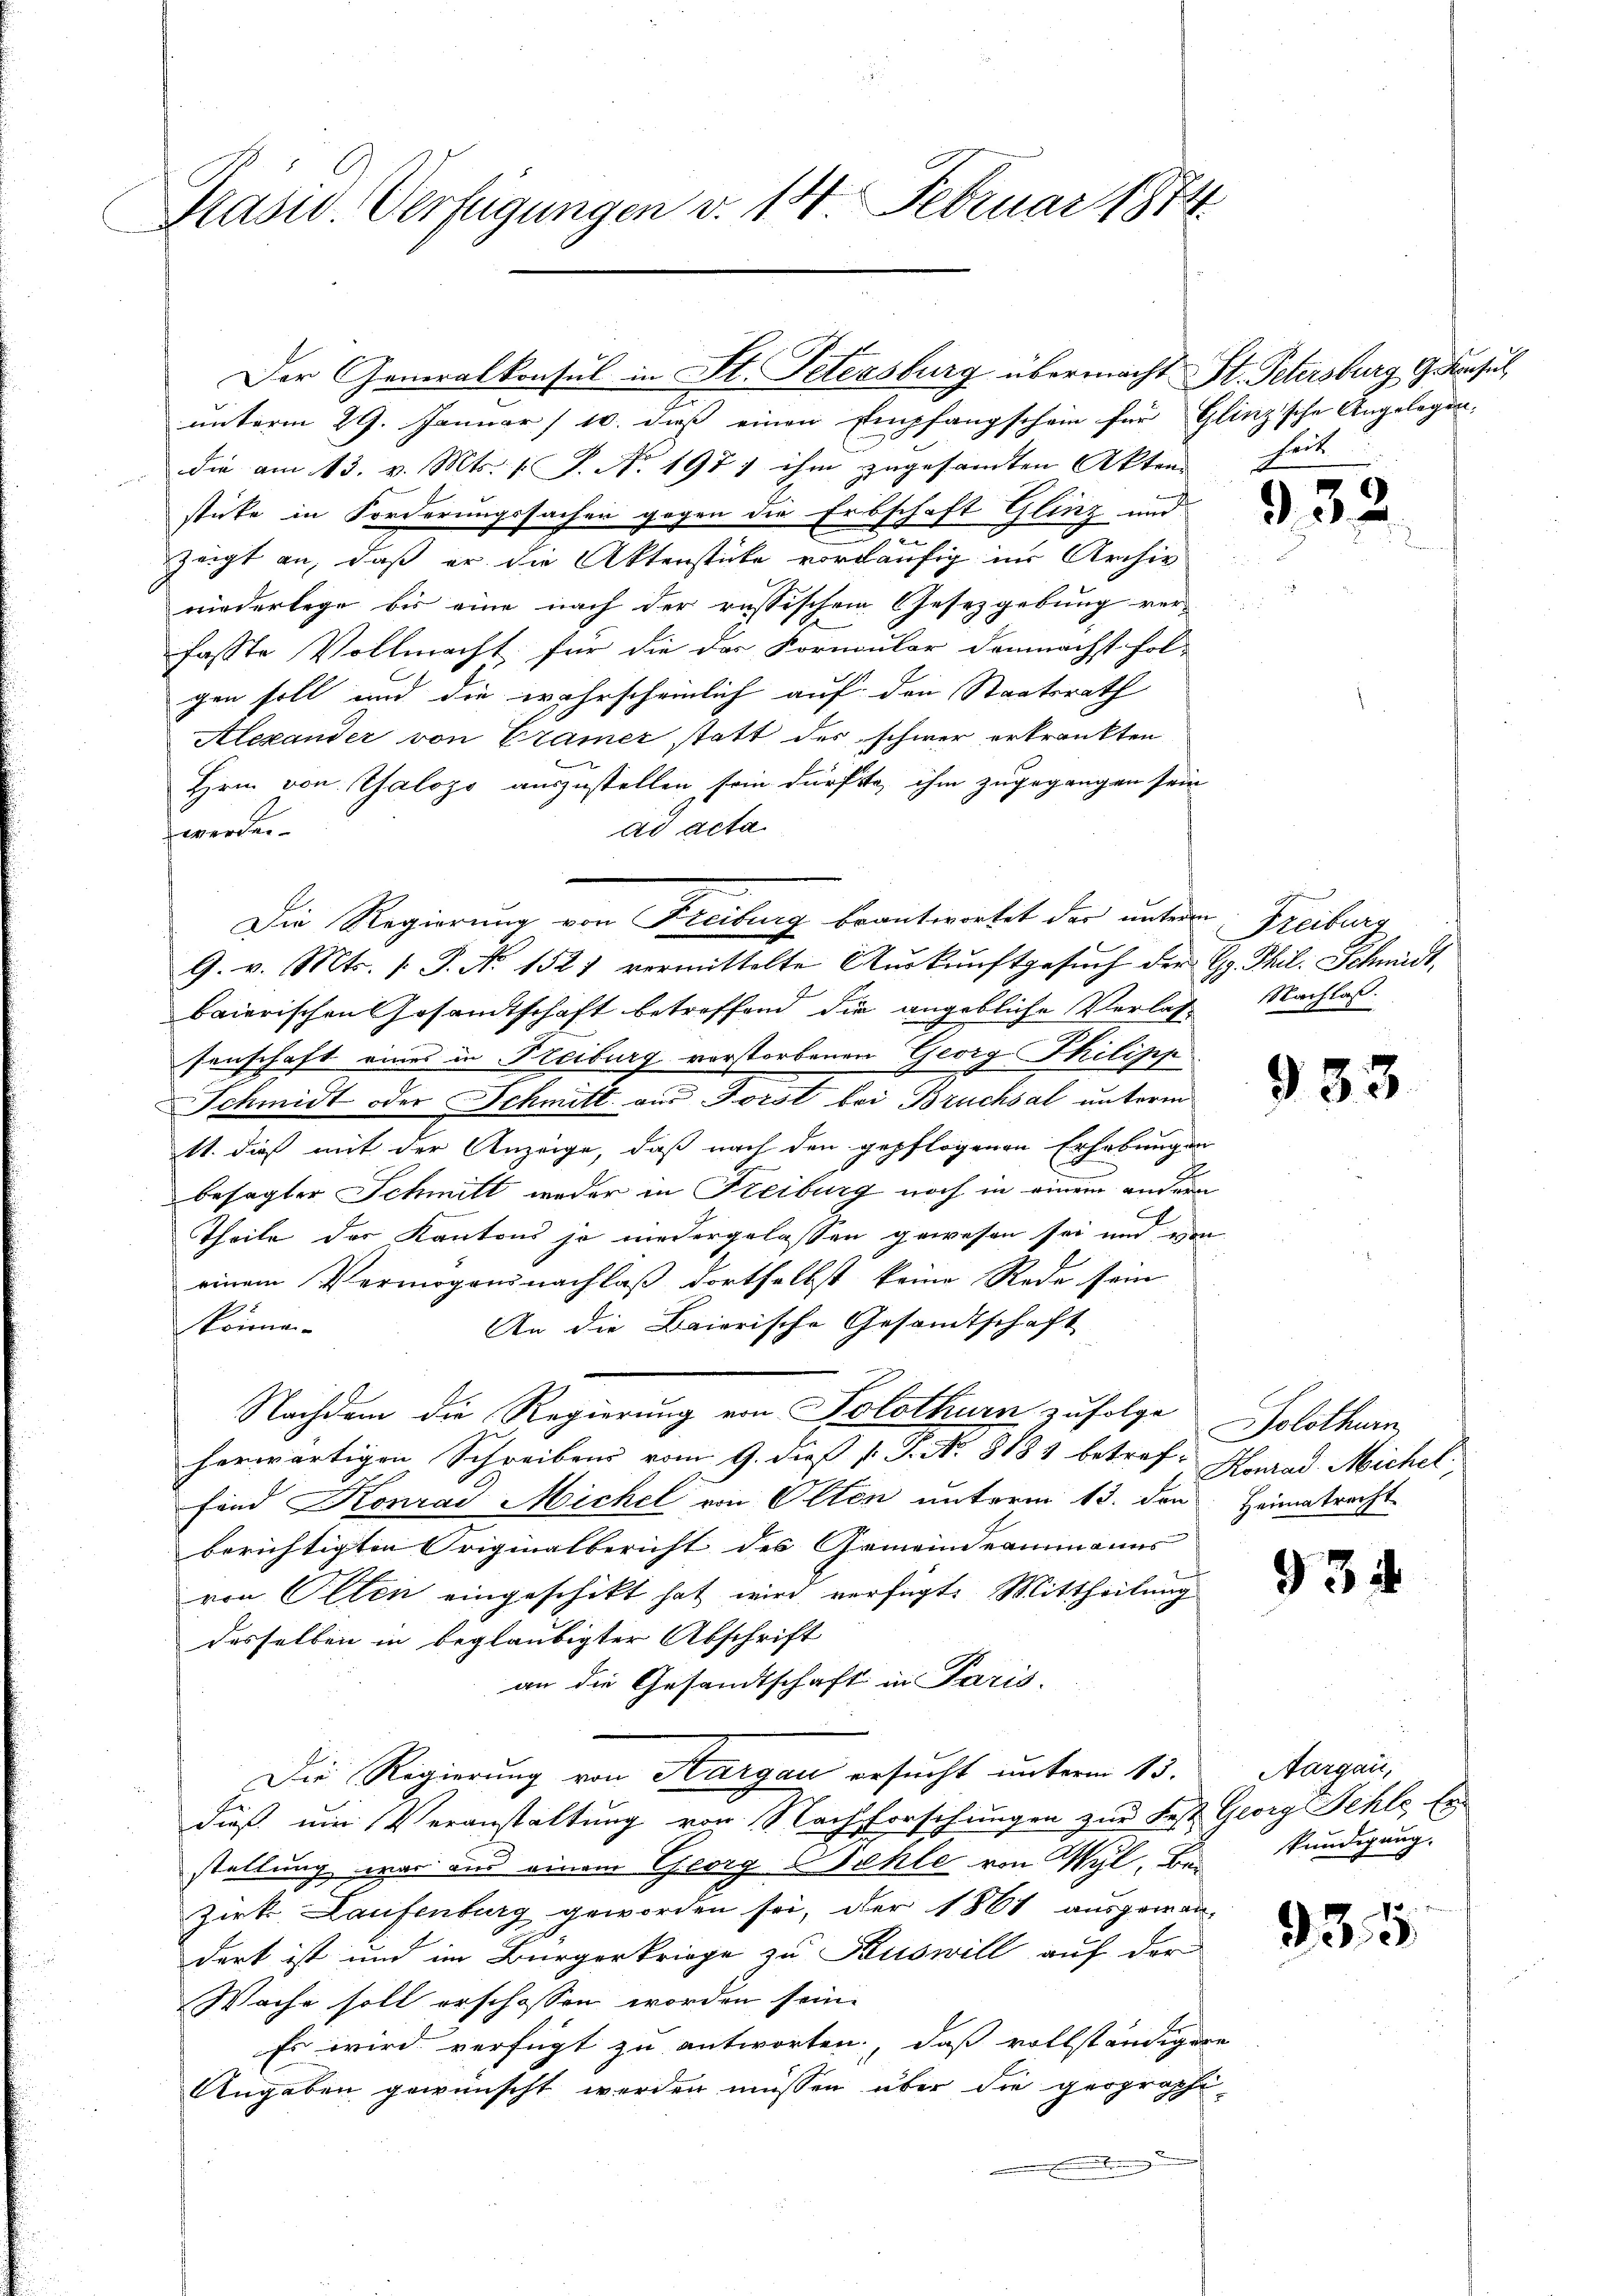
Präsid. Verfügungen v. 14. Februar 1874.

Der Generalkonsul in St. Petersburg übermacht St. Petersburg, Gesuch

Die Regierung von Freiburg beantwortet der untere Freiburg

unterm 29. Januar /10. dieß einen Empfangschein für Glinz’sche Angelegen-
die am 13. v. Mts. (T. No. 197, ihm zugesammten Akten
sticke in Forderungssachen gegen die Erbschaft Glinz und
t
zeigt an, daß er die Aktenstücke vorläufig im Archiv
niederlege bis eine nach der russischen Gesetzgebung ver-
fasste Vollmacht für die der Formular demnächst fol-
gen soll und die wahrscheinlich auf den Staatsrath
Alexander von Cramer statt der schwer erkrankten
Hrn. von Thalogo auszustellen sein dürfte, ihm zugegangen sein
ad acta
werden.
9. v. Mts. s. S. Nr. 1521 vermittelte Auskunftgesuch der G. Thil. Schmidt,
baierischen Gesamtschaft betreffend die angebliche Verlas Nachlaß
senschaft eines in Freiburg vorstorbenen Georg Philipp
Schmidt oder Schmitt aus Forst bei Bruchsal unterm
11. dieß mit der Anzeige, daß nach den gepflogenen Erhebung an
besagter Schmitt weder in Freiburg noch in einem andern
l
Theile des Kantons ja niedergelassen gewesen sei und von
einem Vermögensnachlaß dortselbst keine Rede sein
An die Baierische Gesandtschaft
können.
Nachdem die Regierung von Solothurn zufolge
herwärtigen Schreibens vom 9. dieß P. P. Nr. 818 betref- Konrad Michel,
fand Konrad Michel von Olten unterm 13. den Heimatrecht
berichtigten Originalbericht des Gemeindeammanns
von Olten eingeschikt hat wird verfügt: Mittheilung
desselben in beglaubigter Abschrift
an die Gesandtschaft in Paris.
Die Regierung von Aargau ersucht unterm 13.
dieß um Veranstaltung vor Nachforschungen zur Fest Georg Fehle, Er-
stellung war aus einem Georg Bühle von Wyl, Bei
Zirk Laufenburg geworden sei, der 1861 ausgewan-
dert ist und im Bürgerkriege zu Fuswill auf der
Wache soll erschossen worden sein.
Es wird verfügt zu antworten, daß vollständigere
Angaben gewünscht werden müssen über die geographi-

heit

G,32

933.

Solothurn

934

Aargau,
kündigung.

12

3.5.